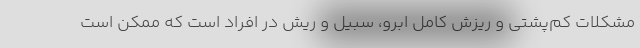
مشکلات کم‌پشتی و ریزش کامل ابرو، سبیل و ریش در افراد است که ممکن است